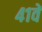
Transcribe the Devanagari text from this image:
४१वें